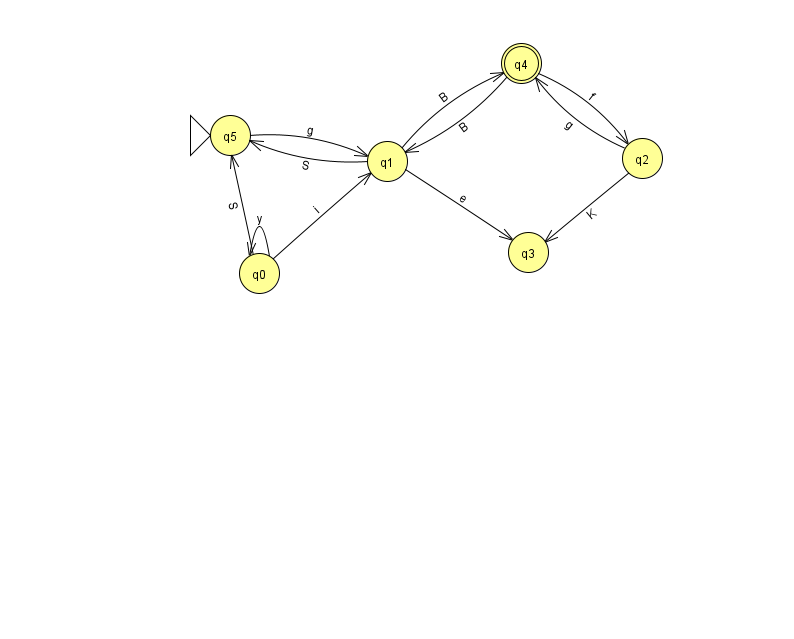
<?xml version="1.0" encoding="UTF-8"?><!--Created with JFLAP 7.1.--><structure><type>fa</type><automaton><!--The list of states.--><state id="0" name="q0"><x>259.0</x><y>260.0</y></state><state id="1" name="q1"><x>387.0</x><y>148.0</y></state><state id="2" name="q2"><x>642.0</x><y>145.0</y></state><state id="3" name="q3"><x>528.0</x><y>239.0</y></state><state id="4" name="q4"><x>521.0</x><y>50.0</y><final/></state><state id="5" name="q5"><x>230.0</x><y>122.0</y><initial/></state><!--The list of transitions.--><transition><from>4</from><to>2</to><read>f</read></transition><transition><from>0</from><to>5</to><read>S</read></transition><transition><from>2</from><to>4</to><read>g</read></transition><transition><from>1</from><to>4</to><read>B</read></transition><transition><from>2</from><to>3</to><read>K</read></transition><transition><from>4</from><to>1</to><read>B</read></transition><transition><from>5</from><to>1</to><read>g</read></transition><transition><from>1</from><to>5</to><read>S</read></transition><transition><from>0</from><to>0</to><read>y</read></transition><transition><from>1</from><to>3</to><read>e</read></transition><transition><from>0</from><to>1</to><read>i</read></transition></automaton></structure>